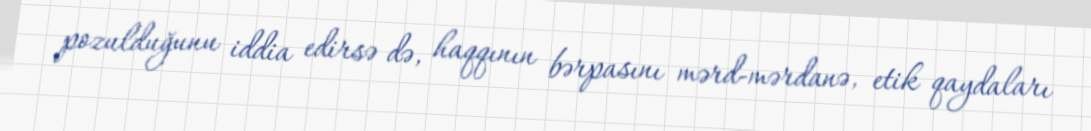
pozulduğunu iddia edirsə də, haqqının bərpasını mərd-mərdanə, etik qaydaları